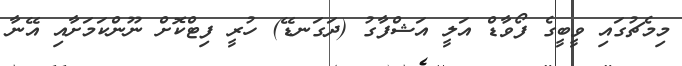
މިމެޗުގައި ވީބީގެ ފޯވާޑް އަލީ އަޝްފާގު (ދަގަނޑޭ) ހުރީ ފިޓްކޮށް ނޫންކަމަށާއި އޭނާ